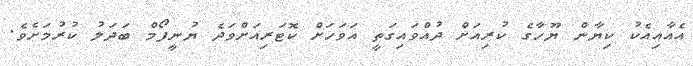
އެއާއިއެކު ކިޔާން ޔޫހާގެ ކުރިއަށް ދުއްވައިގަތީ އަވަހަށް ކޮޓަރިއަށްވަދެ ޔުނީފޯމް ބަދަލު ކުރުމަށެވެ.